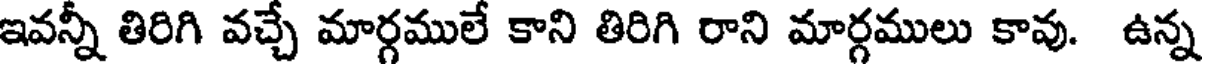
ఇవన్నీ తిరిగి వచ్చే మార్గములే కాని తిరిగి రాని మార్గములు కావు. ఉన్న